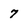
Character: 7